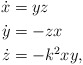
\begin{align*} \dot{x} & = yz \\ \dot{y} & = - zx \\ \dot{z} & = -k^2 xy,\end{align*}